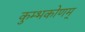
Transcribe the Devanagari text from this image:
कुम्भकोणम्